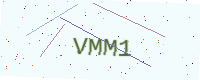
Text: VMM1